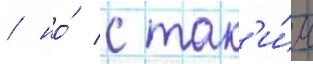
/ но́ с так'и́м